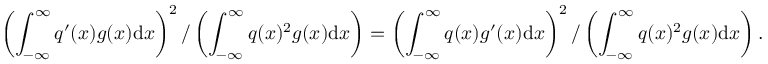
\left( \int _ { - \infty } ^ { \infty } q ^ { \prime } ( x ) g ( x ) \mathrm { d } x \right) ^ { 2 } \slash \left( \int _ { - \infty } ^ { \infty } q ( x ) ^ { 2 } g ( x ) \mathrm { d } x \right) = \left( \int _ { - \infty } ^ { \infty } q ( x ) g ^ { \prime } ( x ) \mathrm { d } x \right) ^ { 2 } \slash \left( \int _ { - \infty } ^ { \infty } q ( x ) ^ { 2 } g ( x ) \mathrm { d } x \right) .